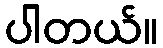
ပါတယ်။